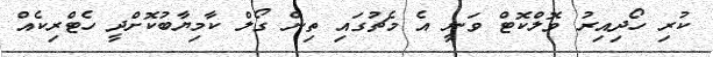
ކުރި ހޯދިއިރު ވޮލްކޮޓް ވަނީ އެ މެޗުގައި ތިން ގޯލް ކާމިޔާބުކޮށްދީ ހެޓްރިކެއް